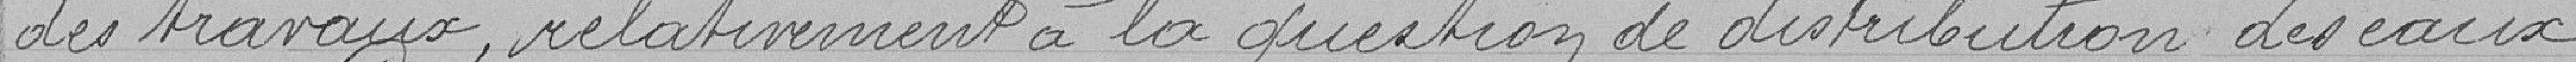
des travaux relativement à la question de distribution des eaux